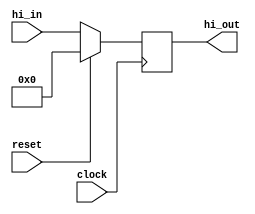
module HI
(hi_in,hi_out,clock,reset);

input [31:0] hi_in;
input clock, reset;
output reg [31:0] hi_out;
	
initial begin
	hi_out = 32'b00000000000000000000000000000000;
end
always@(posedge clock)
begin
if (reset)
	hi_out = 32'b00000000000000000000000000000000;
else
	hi_out = hi_in;
end
endmodule